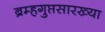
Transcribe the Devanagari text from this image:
ब्रम्हगुप्तसारख्या